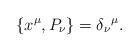
LaTeX: \begin{align*}\{x ^{\mu }, P _{\nu }\}=\delta _{\nu }\hspace{0.1 mm}^{\mu}. \end{align*}